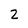
Character: 2